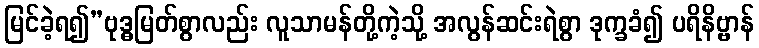
မြင်ခဲ့ရ၍”ဗုဒ္ဓမြတ်စွာလည်း လူသာမန်တို့ကဲ့သို့ အလွန်ဆင်းရဲစွာ ဒုက္ခခံ၍ ပရိနိဗ္ဗာန်